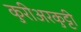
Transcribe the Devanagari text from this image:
कुरीअरकुट्टी